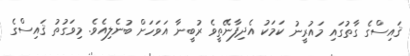
ޤައިސްގެ ގާތުގައި މައުރީނު ކަމަކު އެދިފާނޭތީވެ ރުބީނާ އަވަހަށް ބުނެލިއެވެ. މިވަގުތު ޤައިސްގެ